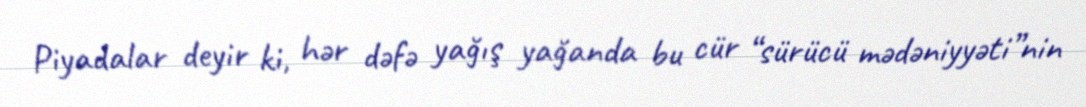
Piyadalar deyir ki, hər dəfə yağış yağanda bu cür “sürücü mədəniyyəti”nin